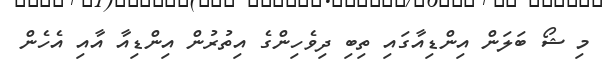
މި ޝޯ ބަލަން އިންޑިއާގައި ތިބި ދިވެހިންގެ އިތުރުން އިންޑިއާ އާއި އެހެން